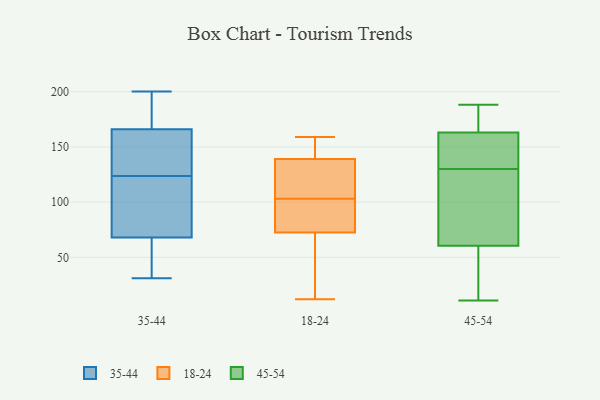
{"axis": {"x": "Energy Usage (MWh)", "y": "Value"}, "legend": ["18-24", "35-44", "45-54"], "data": [{"x": "", "y": 165, "type": "35-44"}, {"x": "", "y": 67, "type": "35-44"}, {"x": "", "y": 190, "type": "35-44"}, {"x": "", "y": 65, "type": "35-44"}, {"x": "", "y": 83, "type": "35-44"}, {"x": "", "y": 68, "type": "35-44"}, {"x": "", "y": 155, "type": "35-44"}, {"x": "", "y": 76, "type": "35-44"}, {"x": "", "y": 31, "type": "35-44"}, {"x": "", "y": 151, "type": "35-44"}, {"x": "", "y": 96, "type": "35-44"}, {"x": "", "y": 200, "type": "35-44"}, {"x": "", "y": 183, "type": "35-44"}, {"x": "", "y": 166, "type": "35-44"}, {"x": "", "y": 139, "type": "18-24"}, {"x": "", "y": 12, "type": "18-24"}, {"x": "", "y": 149, "type": "18-24"}, {"x": "", "y": 103, "type": "18-24"}, {"x": "", "y": 159, "type": "18-24"}, {"x": "", "y": 139, "type": "18-24"}, {"x": "", "y": 99, "type": "18-24"}, {"x": "", "y": 123, "type": "18-24"}, {"x": "", "y": 22, "type": "18-24"}, {"x": "", "y": 83, "type": "18-24"}, {"x": "", "y": 69, "type": "18-24"}, {"x": "", "y": 137, "type": "45-54"}, {"x": "", "y": 30, "type": "45-54"}, {"x": "", "y": 170, "type": "45-54"}, {"x": "", "y": 123, "type": "45-54"}, {"x": "", "y": 168, "type": "45-54"}, {"x": "", "y": 16, "type": "45-54"}, {"x": "", "y": 140, "type": "45-54"}, {"x": "", "y": 137, "type": "45-54"}, {"x": "", "y": 173, "type": "45-54"}, {"x": "", "y": 98, "type": "45-54"}, {"x": "", "y": 188, "type": "45-54"}, {"x": "", "y": 22, "type": "45-54"}, {"x": "", "y": 121, "type": "45-54"}, {"x": "", "y": 11, "type": "45-54"}, {"x": "", "y": 158, "type": "45-54"}, {"x": "", "y": 91, "type": "45-54"}]}